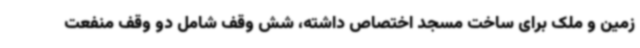
زمین و ملک برای ساخت مسجد اختصاص داشته‌، شش وقف شامل دو وقف منفعت